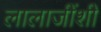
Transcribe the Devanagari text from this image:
लालाजींशी